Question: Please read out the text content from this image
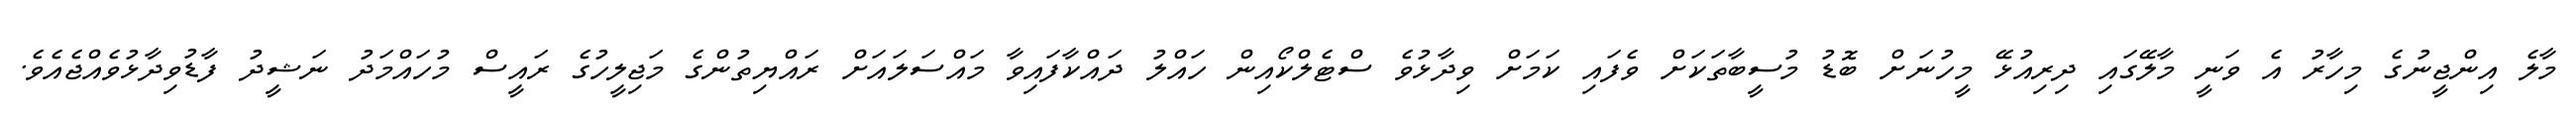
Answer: މާލެ އިންޖީނުގެ މިހާރު އެ ވަނީ މާލޭގައި ދިރިއުޅޭ މީހުނަށް ބޮޑު މުސީބާތަކަށް ވެފައި ކަމަށް ވިދާޅުވެ ސްޓެލްކޯއިން ހައްލު ދައްކާފައިވާ މައްސަލައަށް ރައްޔިތުންގެ މަޖިލީހުގެ ރައީސް މުހައްމަދު ނަޝީދު ފާޑުވިދާޅުވެއްޖެއެވެ.